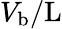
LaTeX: V_{\mathrm{b}}/\mathrm{L}